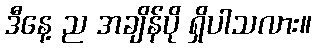
ဒီနေ့ ည အချိန်ပို ရှိပါသလား။